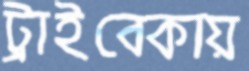
ট্রাইবেকায়